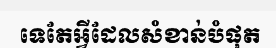
ទេតែអ្វីដែលសំខាន់បំផុត